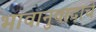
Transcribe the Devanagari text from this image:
भावानुवादाचे